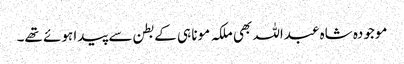
موجودہ شاہ عبداللہ بھی ملکہ مونا ہی کے بطن سے پیدا ہوئے تھے۔